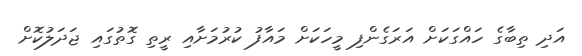
އަދި ތިބާގެ ހައްގަކަށް އަރަގެންފި މީހަކަށް މައާފު ކުރުމަށާއި ރީތި ގޮތުގައި ޖަދަލުކޮށް